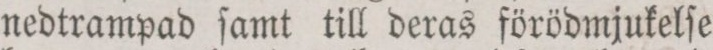
nedtrampad ſamt till deras förödmjukelſe